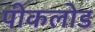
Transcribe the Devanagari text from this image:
पीकलोड